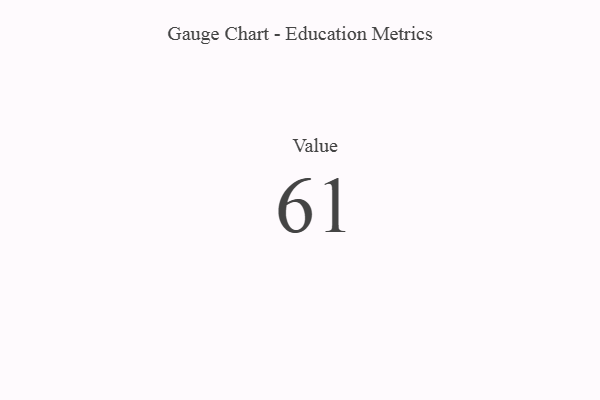
{"axis": {"x": "Metric", "y": "Value"}, "legend": [""], "data": [{"x": "Value", "y": 61, "type": ""}]}